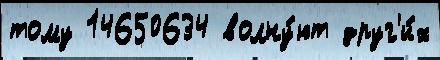
тому 14650634 волну́ют друг'и́х